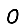
Digit: 0